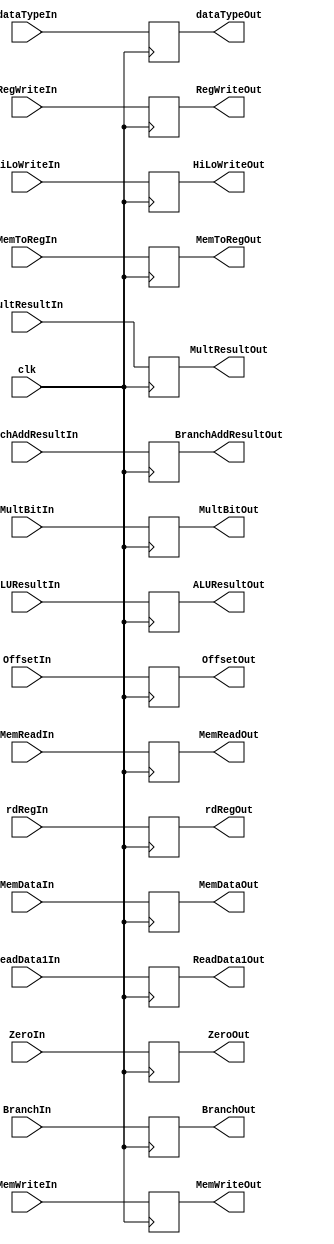
`timescale 1ns / 1ps


//INCOMPLETE
////////////////////////////////////////////////////////////////////////////////
// ECE369 - Computer Architecture
// 
////////////////////////////////////////////////////////////////////////////////

module EX_MEM_Reg(MultResultIn, BranchAddResultIn, ALUResultIn, MemDataIn, ReadData1In, OffsetIn, rdRegIn, RegWriteIn, MemWriteIn, MemReadIn, BranchIn, dataTypeIn, MemToRegIn, 
                  MultBitIn, HiLoWriteIn, ZeroIn, clk, 
                  MultResultOut, BranchAddResultOut, ALUResultOut, MemDataOut, ReadData1Out, OffsetOut, rdRegOut, RegWriteOut, MemWriteOut, MemReadOut, BranchOut, dataTypeOut, MemToRegOut, 
                  MultBitOut,HiLoWriteOut, ZeroOut);
                  
                  input [63:0] MultResultIn;
                  input [31:0] BranchAddResultIn, ALUResultIn, MemDataIn, ReadData1In, OffsetIn;
                  input [4:0] rdRegIn;
                  input RegWriteIn, MemWriteIn, MemReadIn, MemToRegIn, MultBitIn, HiLoWriteIn, ZeroIn, clk;
                  input [1:0] BranchIn, dataTypeIn;
                  output reg [63:0] MultResultOut;
                  output reg [31:0] BranchAddResultOut, ALUResultOut, MemDataOut, ReadData1Out, OffsetOut;
                  output reg [4:0] rdRegOut;
                  output reg RegWriteOut, MemWriteOut, MemReadOut, MemToRegOut, MultBitOut, HiLoWriteOut, ZeroOut;
                  output reg [1:0] BranchOut, dataTypeOut;
                  
      always @ (posedge clk) begin
         MultResultOut = MultResultIn;
         BranchAddResultOut = BranchAddResultIn;
         ALUResultOut = ALUResultIn;
         MemDataOut = MemDataIn;
         rdRegOut = rdRegIn;
         RegWriteOut = RegWriteIn;
         MemWriteOut = MemWriteIn;
         MemReadOut = MemReadIn;
         MemToRegOut = MemToRegIn;
         HiLoWriteOut = HiLoWriteIn;
         MultBitOut = MultBitIn;
         ZeroOut = ZeroIn;
         BranchOut = BranchIn;   
         dataTypeOut = dataTypeIn;
         ReadData1Out = ReadData1In;
         OffsetOut = OffsetIn;
      end

endmodule